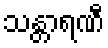
သန္တာရဏီ